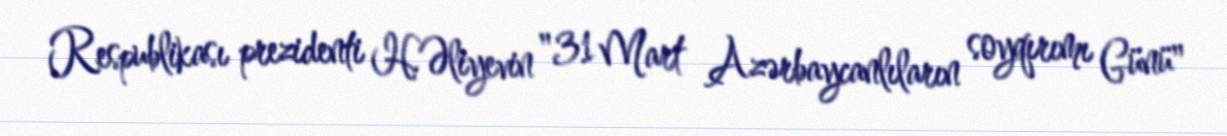
Respublikası prezidenti H.Əliyevin "31 Mart Azərbaycanlıların soyqırımı Günü"